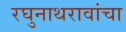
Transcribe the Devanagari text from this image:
रघुनाथरावांचा